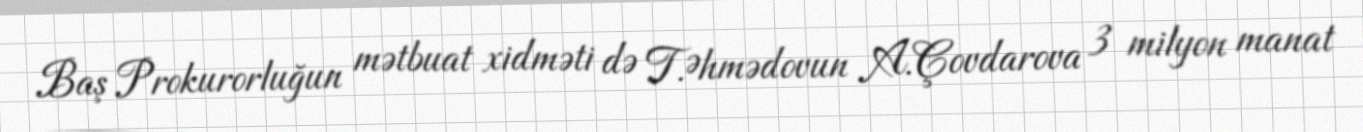
Baş Prokurorluğun mətbuat xidməti də T.Əhmədovun A.Çovdarova 3 milyon manat